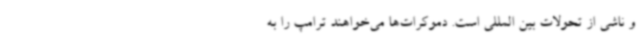
و ناشی از تحولات بین المللی است. دموکرات‌ها می‌خواهند ترامپ را به